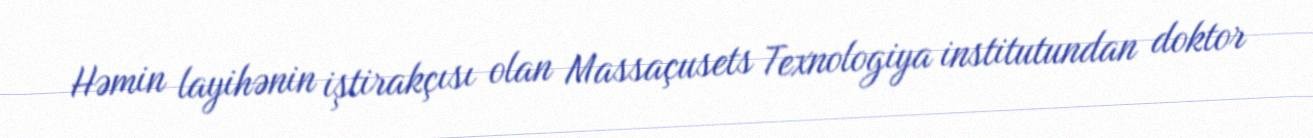
Həmin layihənin iştirakçısı olan Massaçusets Texnologiya institutundan doktor